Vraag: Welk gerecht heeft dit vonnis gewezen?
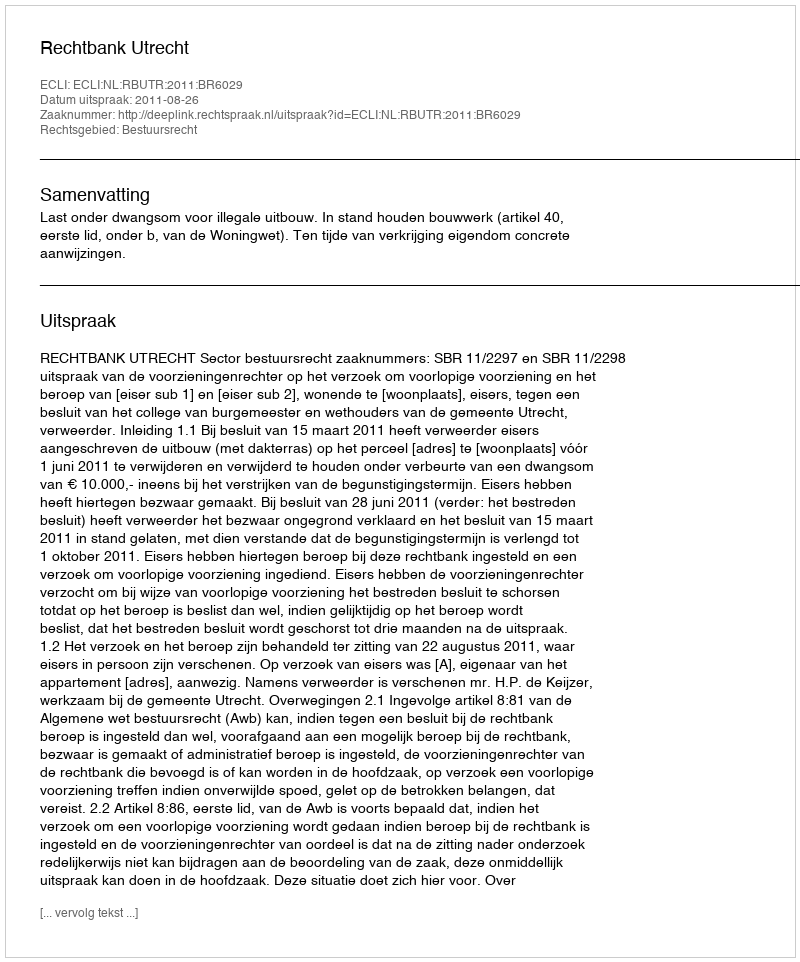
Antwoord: Rechtbank Utrecht